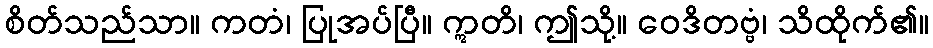
စိတ်သည်သာ။ ကတံ၊ ပြုအပ်ပြီ။ ဣတိ၊ ဤသို့။ ဝေဒိတဗ္ဗံ၊ သိထိုက်၏။